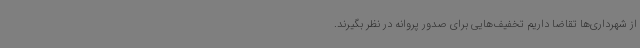
از شهرداری‌ها تقاضا داریم تخفیف‌هایی برای صدور پروانه در نظر بگیرند.